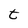
Character: t